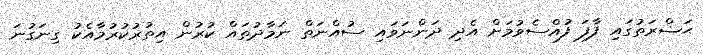
ޙަޟްރަތުގައި ފާފަ ފުއްސެވުމަށް އެދި ދަންނަވައި ސުއްނަތް ނަމާދުތައް ކުރުން އިތުރުކުރުމާއެކު ގިނަގުނަ